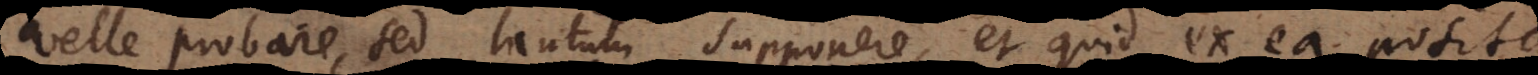
velle probare, sed tantum supponere, et quid ex ea posita